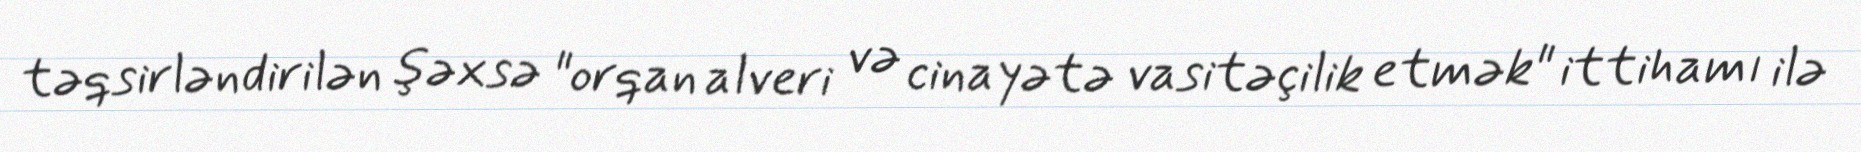
təqsirləndirilən şəxsə "orqan alveri və cinayətə vasitəçilik etmək" ittihamı ilə